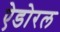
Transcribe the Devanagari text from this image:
ऐडोरल